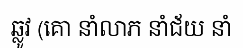
ឆ្លូវ (គោ នាំលាភ នាំជ័យ នាំ